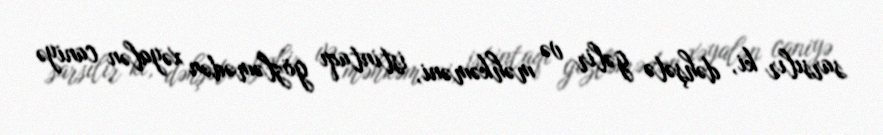
sarsılır ki, dəhşətə gəlir və məhkəməni, istintaqı gözləmədən xəyalən caniyə